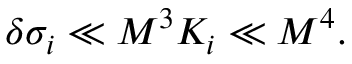
\delta \sigma _ { i } \ll M ^ { 3 } K _ { i } \ll M ^ { 4 } .